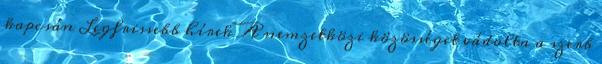
kapcsán Legfrissebb hírek A nemzetközi közösséget vádolta a szerb